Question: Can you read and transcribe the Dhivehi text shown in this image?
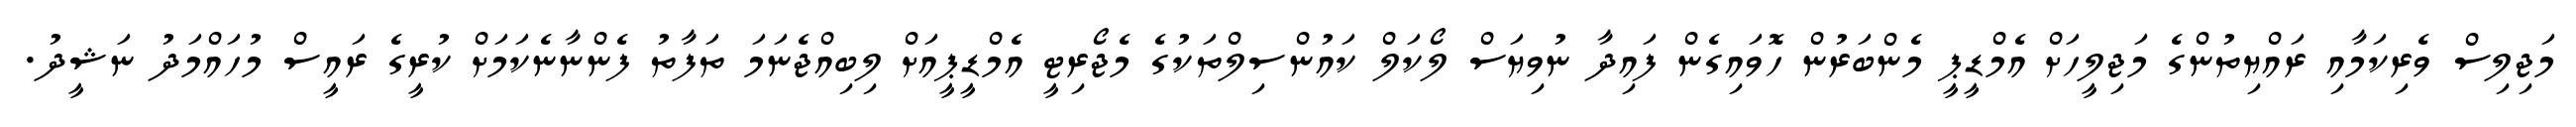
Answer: މަޖިލިސް ވެރިކަމާއި ރައްޔިތުންގެ މަޖިލީހަށް އެމްޑީޕީ މެންބަރުން ހޮވައިގެން ފައިދާ ނުވިޔަސް ލޯކަލް ކައުންސިލްތަކުގެ މެޖޯރިޓީ އެމްޑީޕީއަށް ލިބިއްޖެނަމަ ތަފާތު ފެންނާނެކަމަށް ކުރީގެ ރައީސް މުހައްމަދު ނަޝީދު.